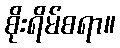
စိုးရိမ်စရာ။